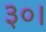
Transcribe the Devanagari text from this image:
३०।